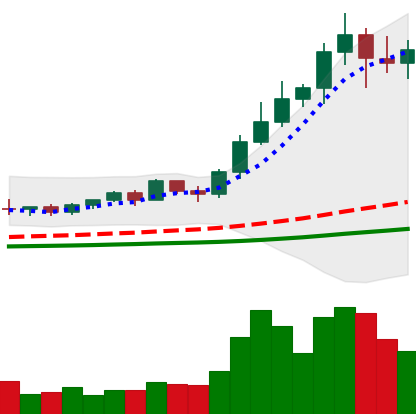
Ticker: NEO-USD
Chart end date: 2021-02-17
Forward return: 10.646%
Label: up_7plus